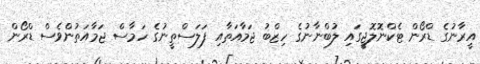
އީރާނުގެ ޑްރޯން ޓެކްނޮލޮޖީގައި ލުބްނާނުގެ ހިޒްބު ޖަމާއަތާއި ފަލަސްތީނުގެ ހަމާސް ޖަމާއަތުންވެސް ޑްރޯން